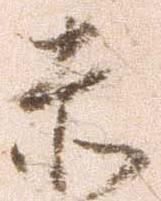
赤